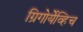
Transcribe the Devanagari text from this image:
ग्रिगोर्येव्हिच